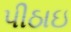
પીઠાઇ